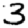
Digit: 3